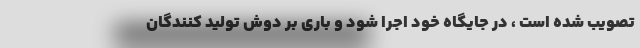
تصویب شده است ، در جایگاه خود اجرا شود و باری بر دوش تولید کنندگان